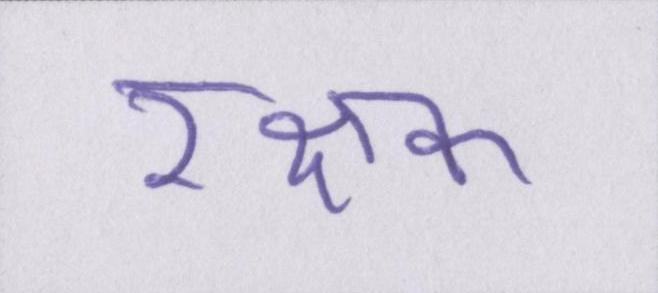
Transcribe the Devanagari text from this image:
रक्षक